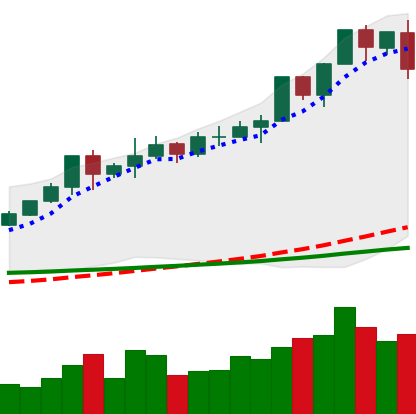
Ticker: XMR-USD
Chart end date: 2020-02-15
Forward return: -13.805%
Label: down_7plus